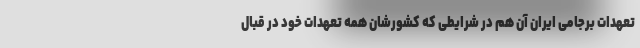
تعهدات برجامی ایران آن هم در شرایطی که کشورشان همه تعهدات خود در قبال